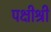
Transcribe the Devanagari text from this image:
पक्षीश्री